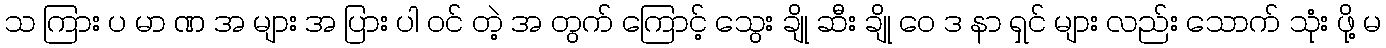
သ ကြား ပ မာ ဏ အ များ အ ပြား ပါ ဝင် တဲ့ အ တွက် ကြောင့် သွေး ချို ဆီး ချို ဝေ ဒ နာ ရှင် များ လည်း သောက် သုံး ဖို့ မ